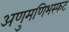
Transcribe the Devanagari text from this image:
अणुमणिभस्फट